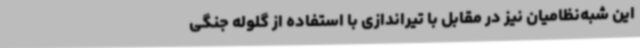
این شبه‌نظامیان نیز در مقابل با تیراندازی با استفاده از گلوله جنگی